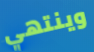
وينتهي